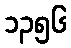
၁၃၅၆